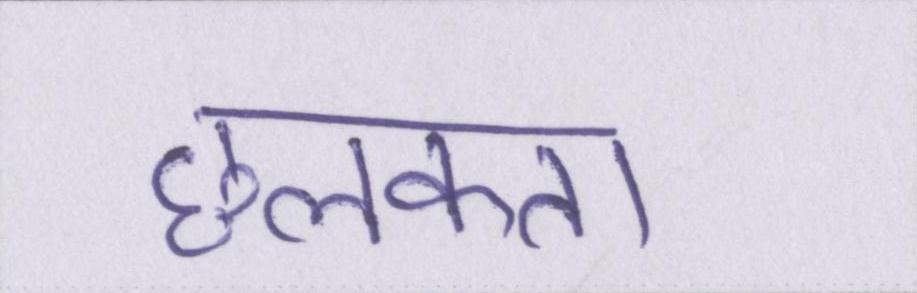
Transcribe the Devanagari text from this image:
छलकता